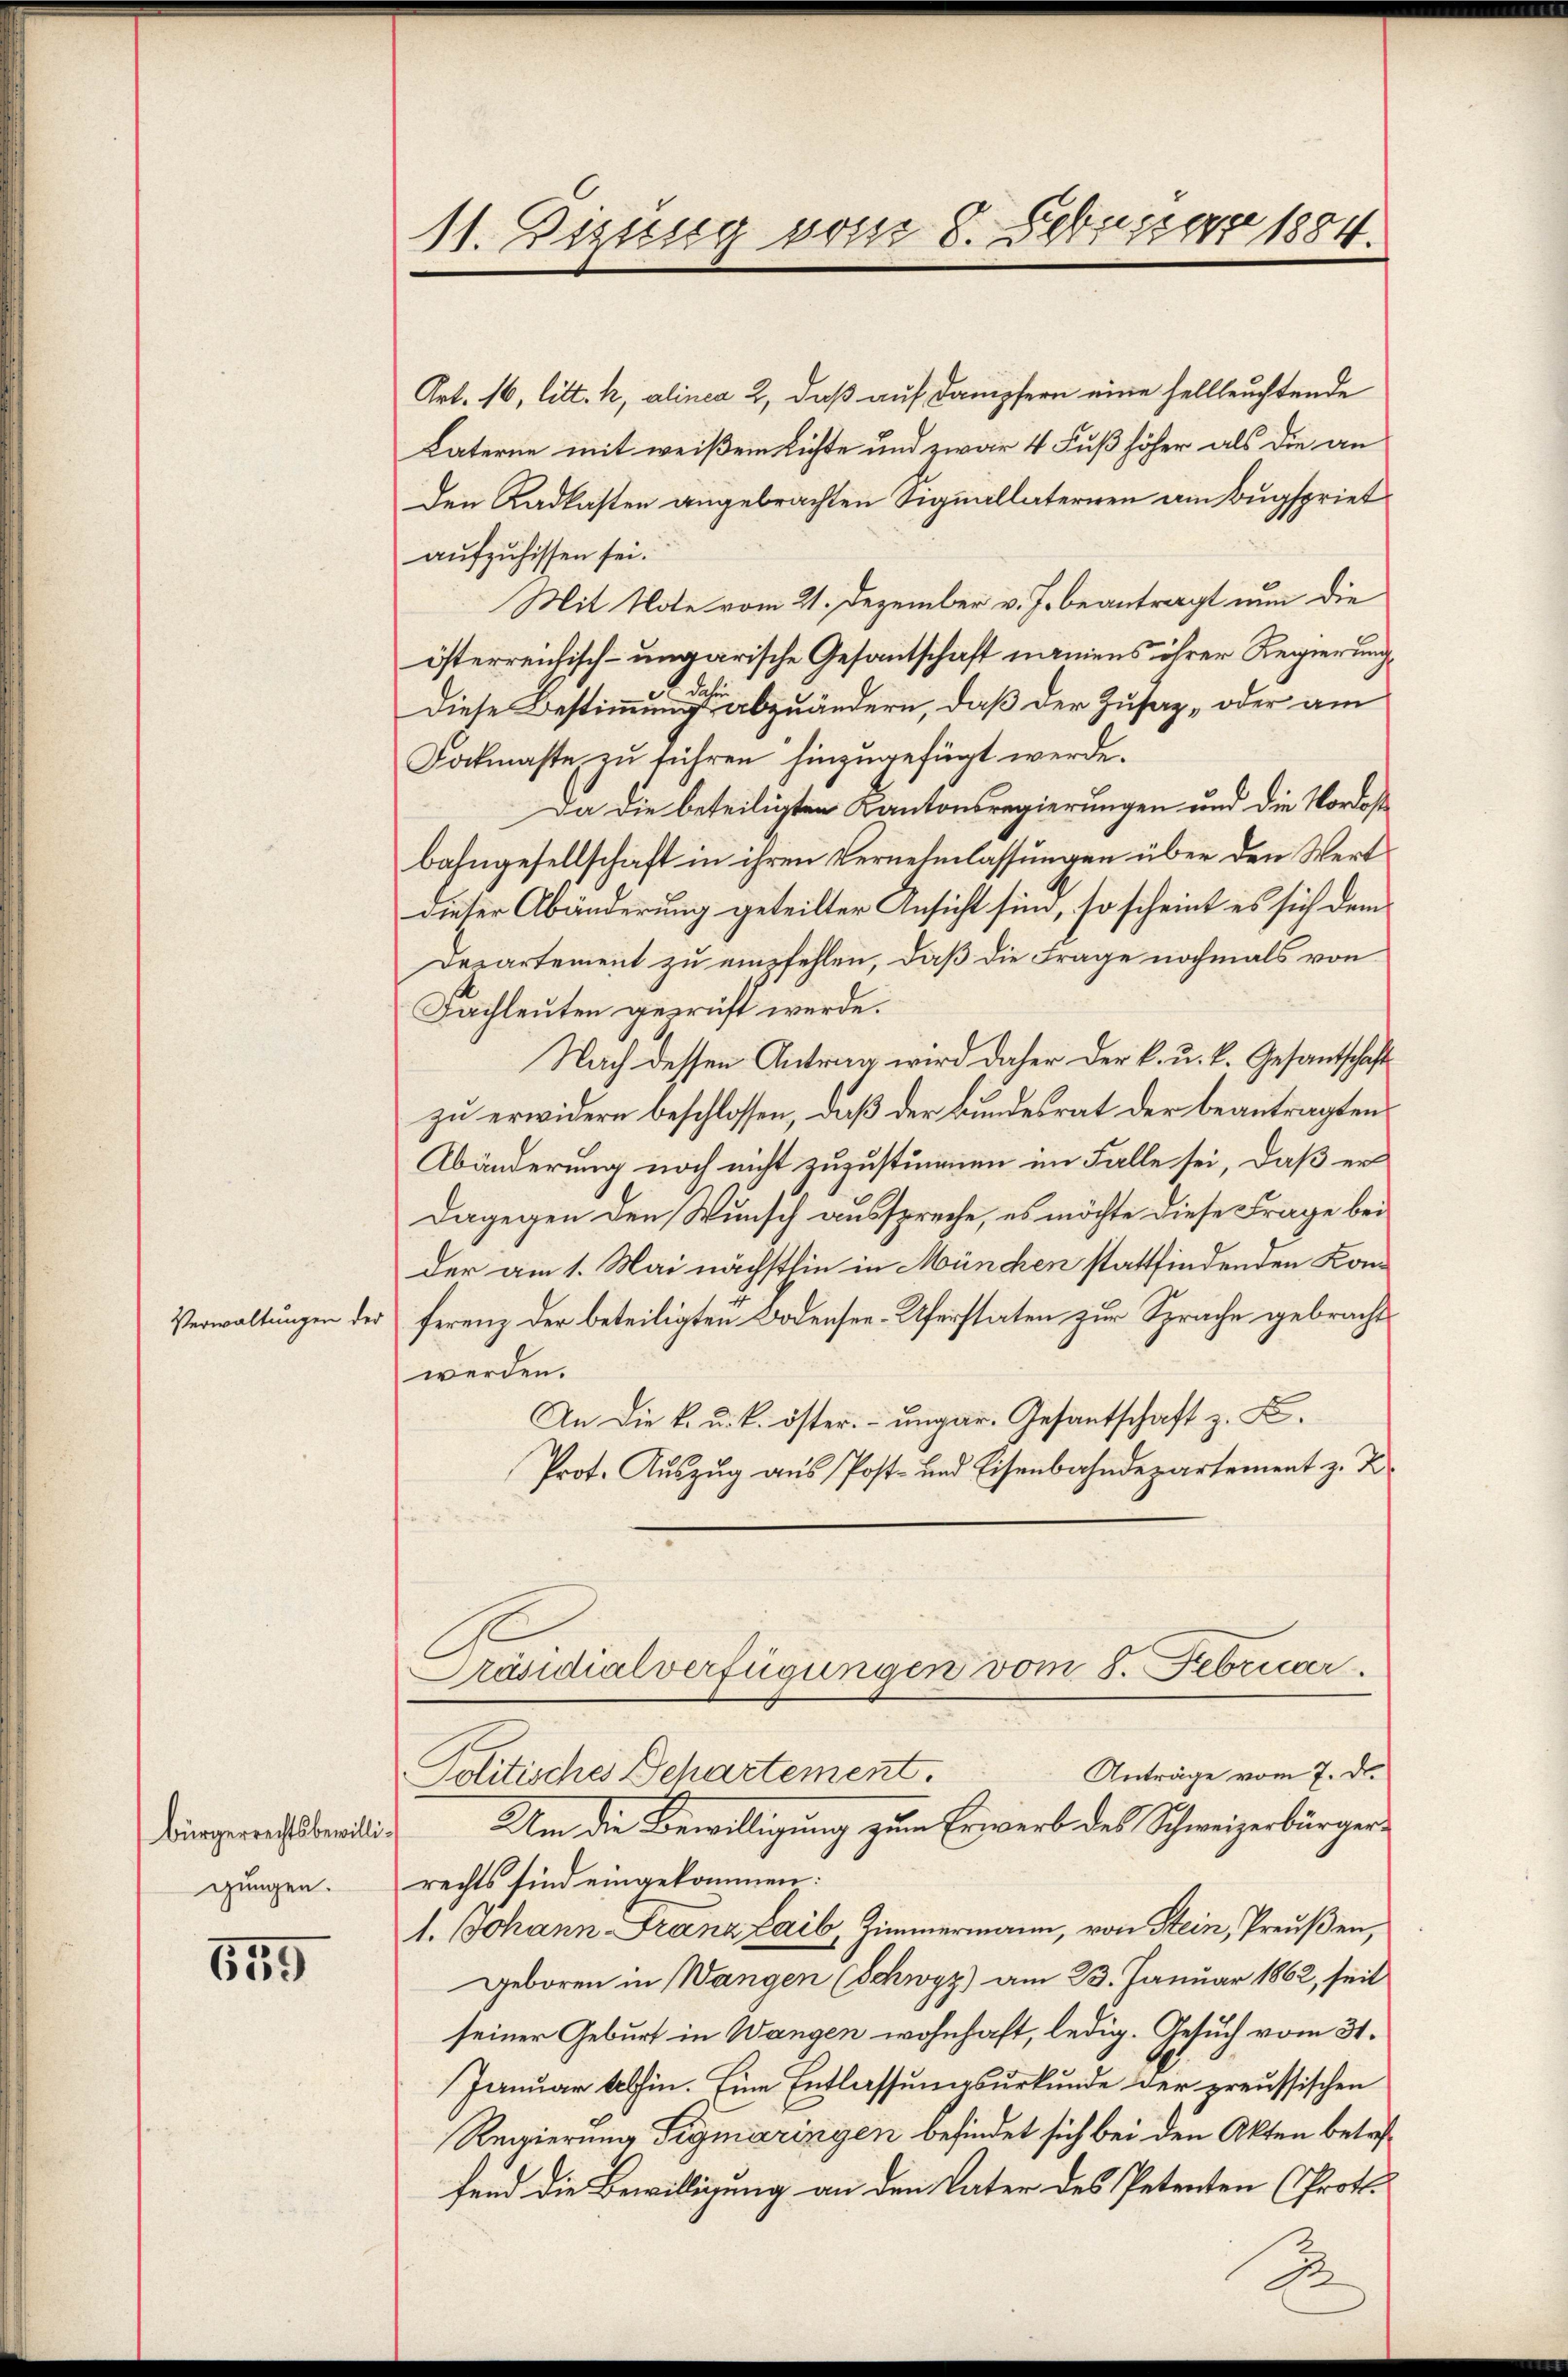
Verwaltungen de

bürgerrechtsbewilligungen.

659

11. Dizung vom 8. Febuar 1884.

Art. 16, litt. h, alinea 2, daß auf Dampfern eine hellleuchtende
Laterne mit weißem Richte und zwar 4 Fuß höher als die an
den Kadlasten angebrachten Signallaterien am Bugspriet
aufzuhissen sei.
Mit Note vom 21. Dezember v. J. beantragt nun die
österreichisch-ungarische Gesantschaft namens ihrer Regierung
Diese Bestimmung abzuändern, daß der Zusaz- oder am
Lockmaste zu führen hinzugefügt werde.
Da die beteiligten Kantonsregierungen und die Vordos
bahngesellschaft in ihren Vernehmlassungen über den Wert
dieser Abänderung geteilter Ansicht sind, so scheint es sich dem
Departement zu empfehlen, daß die Frage nochmals von
Fachleuten gewicht werde.
Nach dessen Antrag wird daher der k. u. k. Gesandtschaft
zu erwidern beschlossen, daß der Bundesrat der beantragten
Abänderung noch nicht zuzustimmen im Falle sei, daß er
Dagegen den Wunsch ausspreche, es möchte diese Frage bei
der am 1. Mai nächstlin in München stattfindenden Konferenz der beteiligten Bodensee-Uferstaten zur Sprache gebracht
werden.
An die k. u. k. öster. ungar. Gesantschaft z. B.
Prot. Auszug aus Post- und Eisenbahndepartement z. B.
Präsidialverfügungen vom 8. Febricar
Anträge vom 7. d.
Politisches Departement.
Um die Bewilligung zum Erwerb des Schweizerbürgerrechts sind eingekommen:
1. Johann-Franz Laib, Zimmermann, von Stein, Preußen,
geboren in Wangen (Schwyz) am 23. Januar 1862, seit
seiner Geburt in Wangen wohnhaft, ledig. Gesuch vom 31.
Januar alhin. Eine Entlassungsurkunde der preussischen
Regierung Tigmaringen befindet sich bei den Akten betreffend die Bewilligung an den Vater des Petenten (Proto-
B